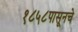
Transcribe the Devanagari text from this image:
१८५८पासूनचे